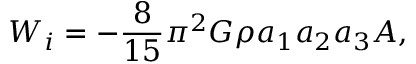
W _ { i } = - \frac { 8 } { 1 5 } \pi ^ { 2 } G \rho a _ { 1 } a _ { 2 } a _ { 3 } A ,